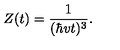
Z ( t ) = { \frac { 1 } { ( \hbar v t ) ^ { 3 } } } .